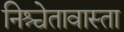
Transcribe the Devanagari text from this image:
निश्चेतावास्ता